Report of the Indian Hemp Drugs Commission, 1894-1895 - Volume VII
Year: 1894
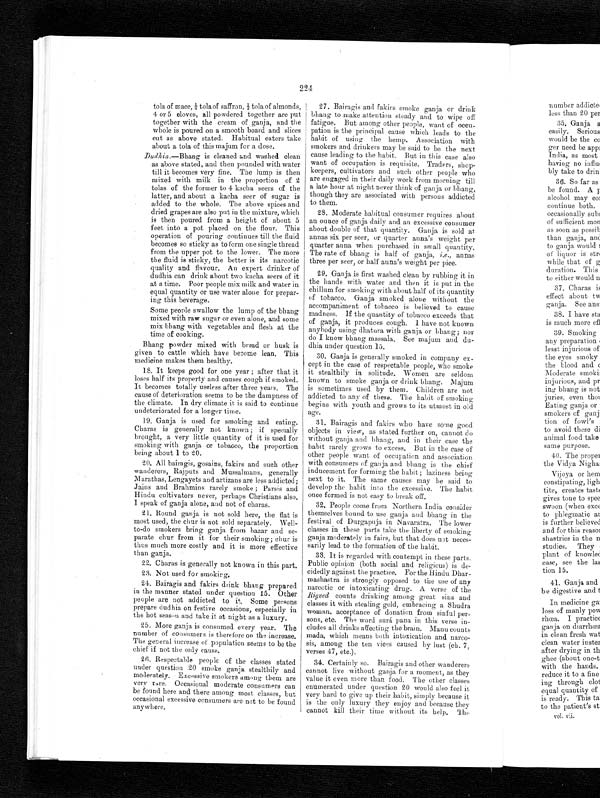
224
tola of mace, ¼t o l a o f s a f f r o n , ½ t o l a o f a l m o n d s ,
4 or 5 cloves, all powdered together are put
together with the cream of ganja, and the
whole is poured on a smooth board and slices
cut as above stated. Habitual eaters take
about a tola of this majum for a dose.
Dudhia.—Bhang is cleaned and washed clean
as above stated, and then pounded with water
till it becomes very fine. The lump is then
mixed with milk in the proportion of 2
tolas of the former to 4 kacha seers of the
latter, and about a kacha seer of sugar is
added to the whole. The above spices and
dried grapes are also put in the mixture, which
is then poured from a height of about 5
feet into a pot placed on the flour. This
operation of pouring continues till the fluid
becomes so sticky as to form one single thread
from the upper pot to the lower. The more
the fluid is sticky, the better is its narcotic
quality and flavour. An expert drinker of
dudhia can drink about two kacha seers of it
at a time. Poor people mix milk and water in
equal quantity or use water alone for prepar-
ing this beverage.
Some people swallow the lump of the bhang
mixed with raw sugar or even alone, and some
mix bhang with vegetables and flesh at the
time of cooking.
Bhang powder mixed with bread or husk is
given to cattle which have become lean. This
medicine makes them healthy.
18. It keeps good for one year; after that it
loses half its property and causes cough if smoked.
It becomes totally useless after three years. The
cause of deterioration seems to be the dampness of
the climate. In dry climate it is said to continue
undeteriorated for a longer time.
19. Ganja is used for smoking and eating.
Charas is generally not known; if specially
brought, a very little quantity of it is used for
smoking with ganja or tobacco, the proportion
being about 1 to 20.
20. All bairagis, gosains, fakirs and such other
wanderers, Rajputs and Mussalmans, generally
Marathas, Lengayets and artizans are less addicted;
Jains and Brahmins rarely smoke; Parsis and
Hindu cultivators never, perhaps Christians also.
I speak of ganja alone, and not of charas.
21. Round ganja is not sold here, the flat is
most used, the chur is not sold separately. Well-
to-do smokers bring ganja from bazar and se-
parate chur from it for their smoking; chur is
thus much more costly and it is more effective
than ganja.
22. Charas is generally not known in this part.
23. Not used for smoking.
24. Bairagis and fakirs drink bhang prepared
in the manner stated under question 15. Other
people are not addicted to it. Some persons
prepare dud hia on festive occasions, especially in
the hot season and take it at night as a luxury.
25. More ganja is consumed every year. The
number of consumers is therefore on the increase.
The general increase of population seems to be the
chief if not the only cause.
26. Respectable people of the classes stated
under question 20 smoke ganja stealthily and
moderately. Excessive smokers among them are
very rare. Occasional moderate consumers can
be found here and there among most classes, but
occasional excessive consumers are not to be found
anywhere.
27. Bairagis and fakirs smoke ganja or drink
bhang to make attention steady and to wipe off
fatigue. But among other people, want of occu-
pation is the principal cause which leads to the
habit of using the hemp. Association with
smokers and drinkers may be said to be the next
cause leading to the habit. But in this case also
want of occupation is requisite. Traders, shop-
keepers, cultivators and such other people who
are engaged in their daily work from morning till
a late hour at night never think of ganja or bhang,
though they are associated with persons addicted
to them.
28. Moderate habitual consumer requires about
an ounce of ganja daily and an excessive consumer
about double of that quantity. Ganja is sold at
annas six per seer, or quarter anna's weight per
quarter anna when purchased in small quantity.
The rate of bhang is half of ganja, i.e., annas
three per seer, or half anna's weight per pice.
29. Ganja is first washed clean by rubbing it in
the hands with water and then it is put in the
chillum for smoking with about half of its quantity
of tobacco. Ganja smoked alone without the
accompaniment of tobacco is believed to cause
madness. If the quantity of tobacco exceeds that
of ganja, it produces cough. I have not known
anybody using dhatura with ganja or bhang; nor
do I know bhang massala. See majum and du-
dhia under question 15.
30. Ganja is generally smoked in company ex-
cept in the case of respectable people, who smoke
it stealthily in solitude. Women are seldom
known to smoke ganja or drink bhang. Majum
is sometimes used by them. Children are not
addicted to any of these. The habit of smoking
begins with youth and grows to its utmost in old
age.
31. Bairagis and fakirs who have some good
objects in view, as stated further on, cannot do
without ganja and bhang, and in their case the
habit rarely grows to excess, But in the case of
other people want of occupation and association
with consumers of ganja and bhang is the chief
inducement for forming the habit; laziness being
next to it. The same causes may be said to
develop the habit into the excessive. The habit
once formed is not easy to break off.
32. People come from Northern India consider
themselves bound to use ganja and bhang in the
festival of Durgapuja in Navaratra. The lower
classes in these parts take the liberty of smoking
ganja moderately in fairs, but that does not neces-
sarily lead to the formation of the habit.
33. It is regarded with contempt in these parts.
Public opinion (both social and religious) is de-
cidedly against the practice. For the Hindu Dhar-
mashastra is strongly opposed to the use of any
narcotic or intoxicating drug. A verse of the
R i g v e d
c o u n t s d r i n k i n g a m o n g g r e a t s i n s a n d
classes it wit stealing gold, embracing a Shudra
woman, acceptance of donation from sinful per-
sons, etc. The word surá pana in this verse in-
cludes all drinks affecting the brain. Manu counts
madam, which means both intoxication and narco-
sis, among the ten vices caused by lust (ch. 7,
verses 47, etc.).
34. Certainly so. Bairagis and other wanderers
cannot live without ganja for a moment, as they
value it even more than food. The other classes
enumerated under question 20 would also feel it
very hard to give up their habit, simply because it
is the only luxury they enjoy and because they
cannot kill their time without its help. The